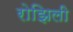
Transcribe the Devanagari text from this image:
रोझिली